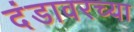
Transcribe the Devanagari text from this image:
दंडावरच्या